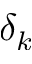
\delta _ { k }